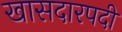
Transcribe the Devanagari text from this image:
खासदारपदी